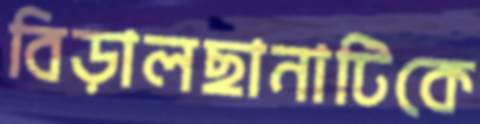
বিড়ালছানাটিকে